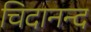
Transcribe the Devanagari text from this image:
चिदानन्‍द